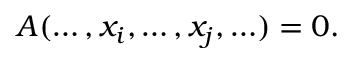
A ( \ldots , x _ { i } , \ldots , x _ { j } , \ldots ) = 0 .